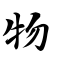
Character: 物